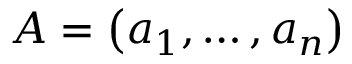
A = \left( a _ { 1 } , \ldots , a _ { n } \right)